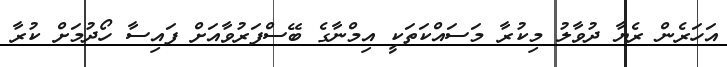
އަހަރެން ރެޔާ ދުވާލު މިކުރާ މަސައްކަތަކީ އިމްނާގެ ބޭސްފަރުވާއަށް ފައިސާ ހޯދުމަށް ކުރާ